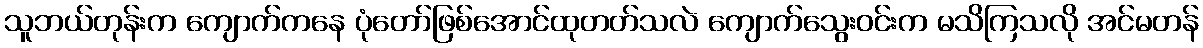
သူဘယ်တုန်းက ကျောက်ကနေ ပုံတော်ဖြစ်အောင်ထုတတ်သလဲ ကျောက်သွေးဝင်းက မသိကြသလို အင်မတန်